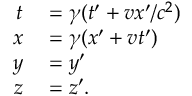
\begin{array} { r l } { t } & { { } = \gamma ( t ^ { \prime } + v x ^ { \prime } / c ^ { 2 } ) } \\ { x } & { { } = \gamma ( x ^ { \prime } + v t ^ { \prime } ) } \\ { y } & { { } = y ^ { \prime } } \\ { z } & { { } = z ^ { \prime } . } \end{array}